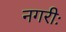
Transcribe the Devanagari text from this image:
नगरीः